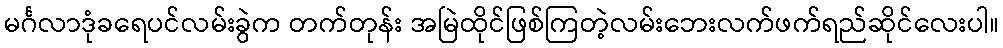
မင်္ဂလာဒုံခရေပင်လမ်းခွဲက တက်တုန်း အမြဲထိုင်ဖြစ်ကြတဲ့လမ်းဘေးလက်ဖက်ရည်ဆိုင်လေးပါ။